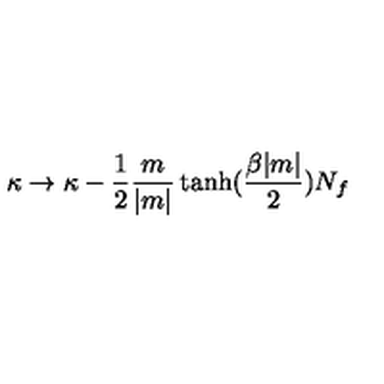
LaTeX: \kappa \to \kappa - \frac { 1 } { 2 } \frac { m } { | m | } \tanh ( \frac { \beta | m | } { 2 } ) N _ { f }